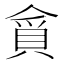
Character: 𮚃